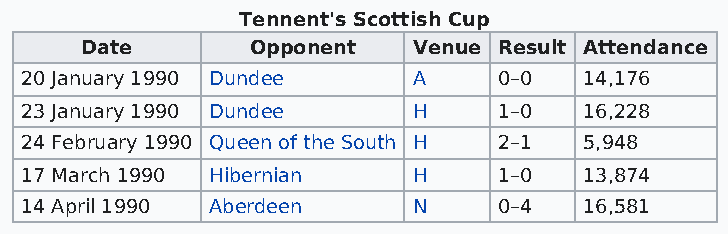
Tennent's Scottish Cup
 Date        Opponent  Venue Result Attendance
 20 January 1990 Dundee    A     0–0   14,176
 23 January 1990 Dundee    H     1–0   16,228
 24 February 1990 Queen of the South H 2–1 5,948
 17 March 1990 Hibernian   H     1–0   13,874
 14 April 1990 Aberdeen    N     0–4   16,581